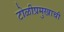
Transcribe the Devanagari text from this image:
टोळीप्रमुखाची